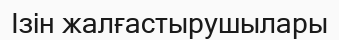
Ізін жалғастырушылары